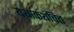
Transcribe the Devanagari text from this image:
यथाकथंचित्‌